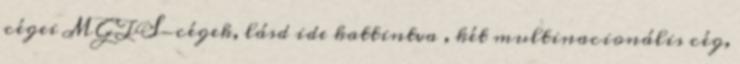
cégei MGTS-cégek, lásd ide kattintva , két multinacionális cég,